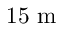
1 5 ~ \mathrm { m }